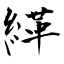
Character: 緙